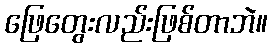
ဖြေတွေးလည်းဖြစ်တာဘဲ။